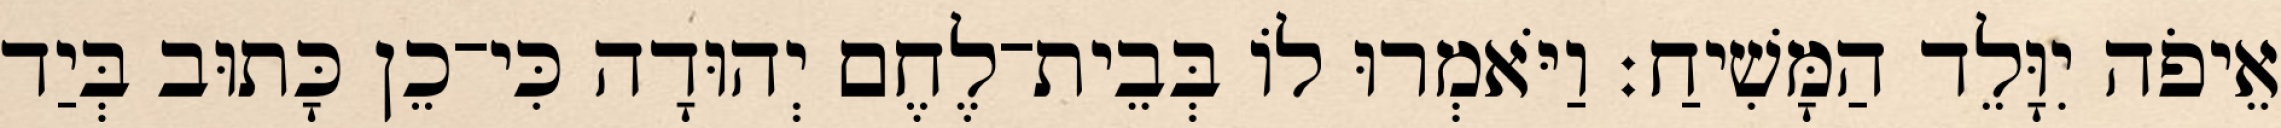
אֵיפֹה יִוָּלֵד הַמָּשִׁיחַ׃ וַיֹּאמְרוּ לוֹ בְּבֵית־לֶחֶם יְהוּדָה כִּי־כֵן כָּתוּב בְּיַד